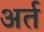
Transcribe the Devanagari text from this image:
अर्त